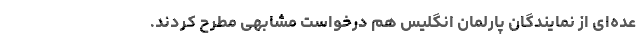
عده‌ای از نمایندگان پارلمان انگلیس هم درخواست مشابهی مطرح کردند.